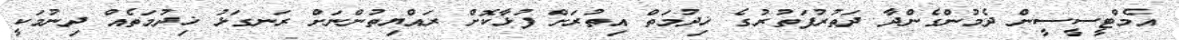
އެމްޓީސީސީން ދެމުންގެންދާ ދަތުރުފަތުރުގެ ޚިދުމަތް އިތުރަށް ފުޅާކޮށް ރައްޔިތުންނަށް ރަނގަޅު ޚިދުމަތެއް ދިނުމަކީ